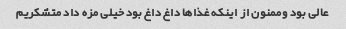
عالی بود وممنون از اینکه غذاها داغ داغ بود خیلی مزه داد متشکریم